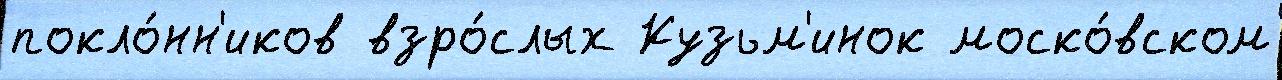
покло́нн'иков взро́слых Кузьм'инок моско́вском